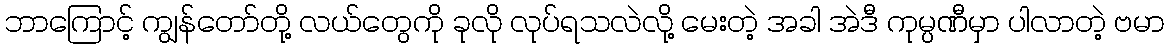
ဘာကြောင့် ကျွန်တော်တို့ လယ်တွေကို ခုလို လုပ်ရသလဲလို့ မေးတဲ့ အခါ အဲဒီ ကုမ္ပဏီမှာ ပါလာတဲ့ ဗမာ